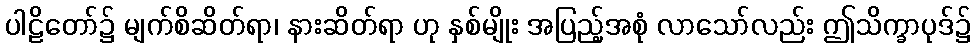
ပါဠိတော်၌ မျက်စိဆိတ်ရာ၊ နားဆိတ်ရာ ဟု နှစ်မျိုး အပြည့်အစုံ လာသော်လည်း ဤသိက္ခာပုဒ်၌